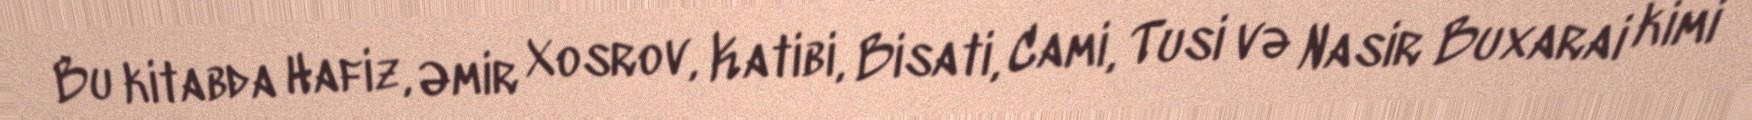
Bu kitabda Hafiz, Əmir Xosrov, Katibi, Bisati, Cami, Tusi və Nasir Buxarai kimi